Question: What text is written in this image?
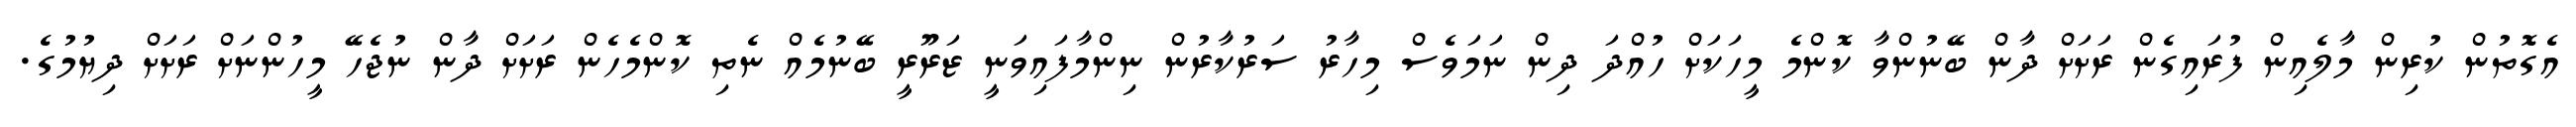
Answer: އެގޮތުން ކުރިން މާލެއިން ފުރައިގެން ރަށަށް ދާން ބޭނުންވާ ކޮންމެ މީހަކަށް ހުއްދަ ދިން ނަމަވެސް މިހާރު ސަރުކާރުން ނިންމާފައިވަނީ ޒަރޫރީ ބޭނުމެއް ނެތި ކޮންމެހެން ރަށަށް ދާން ނުޖެހޭ މީހުންނަށް ރަށަށް ދިޔުމުގެ.